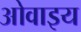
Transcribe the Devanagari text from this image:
ओवाइय